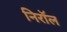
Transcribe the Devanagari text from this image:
निरॉल